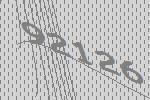
92126